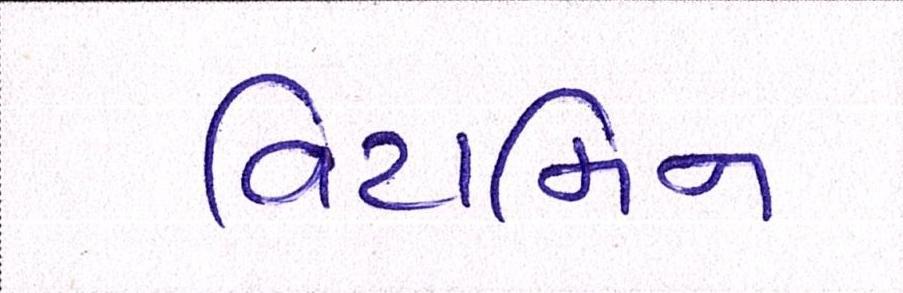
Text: વિટામિન